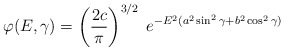
\begin{align*}\varphi(E,\gamma) = \left(\frac{2c}{\pi}\right)^{3/2} \; e^{- E^2 (a^2 \sin^2\gamma + b^2 \cos^2\gamma)}\end{align*}